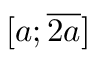
[ a ; { \overline { { 2 a } } } ]